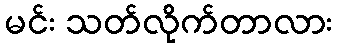
မင်း သတ်လိုက်တာလား